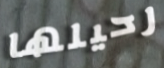
رحيلها